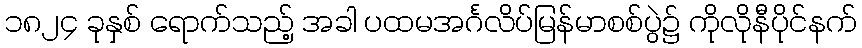
၁၈၂၄ ခုနှစ် ရောက်သည့် အခါ ပထမအင်္ဂလိပ်မြန်မာစစ်ပွဲ၌ ကိုလိုနီပိုင်နက်